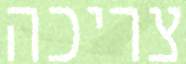
צריכה